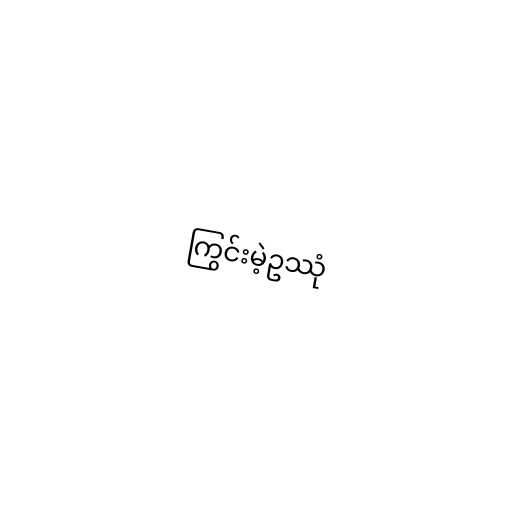
ကြွင်းမဲ့ဥဿုံ